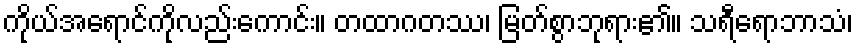
ကိုယ်အရောင်ကိုလည်းကောင်း။ တထာဂတဿ၊ မြတ်စွာဘုရား၏။ သရီရောဘာသံ၊